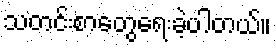
သတင်းစာတွေရေးခဲ့ပါတယ်။